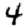
Digit: 4